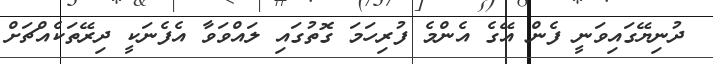
ދުނިޔޭގައިވަނީ ފެން އޭގެ އެންމެ ފުރިހަމަ ގޮތުގައި ލައްވަވާ އެފެނަކީ ދިރޭތަކެއްޗަށް